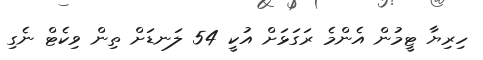
ހިރިޔާ ޓީމުން އެންމެ ރަގަޅަށް އުކީ 54 ލަނޑަށް ތިން ވިކެޓް ނެގި